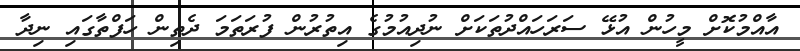
އާއްމުކޮށް މީހުން އުޅޭ ސަރަހައްދުތަކަށް ނުދިއުމުގެ އިތުރުން ފުރަތަމަ ދެތިން ހަފްތާގައި ނިދާ